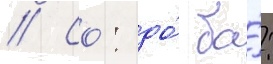
// Со́: до́ ба́: